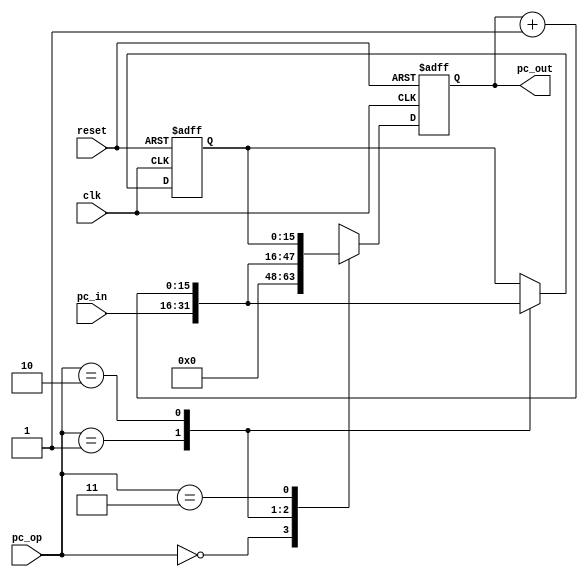
`timescale 1 ns / 1 ps

module pc(reset,clk,pc_op,pc_in,pc_out);

input reset,clk;
input [1:0] pc_op;
input [15:0] pc_in;

output reg [15:0] pc_out;
reg [15:0] temp_val;

always@ (posedge clk or posedge reset)
begin
	if (reset == 1)
	begin
		pc_out <= 16'd0;
		temp_val <= 16'd0;
	end
	
	else
	begin
		case (pc_op)
			2'd0 : pc_out <= 16'd0; //reset
			2'd1 : begin
				pc_out <= pc_in; //preset 
				temp_val <= pc_in;
				end
			2'd2 : begin
				pc_out <= pc_out + 16'd1; //incr
				temp_val <= pc_out + 16'd1;
				end
			2'd3 : pc_out <= temp_val; //halt
			default : pc_out <= pc_in;
		endcase
	end
end

endmodule